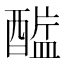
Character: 𲆷